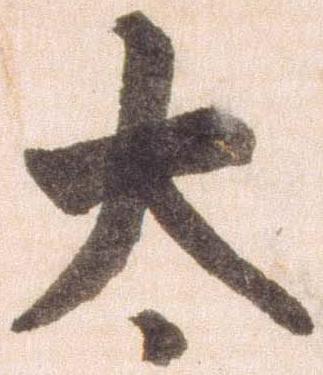
太